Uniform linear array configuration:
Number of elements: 16
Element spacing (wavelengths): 0.5
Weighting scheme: hamming
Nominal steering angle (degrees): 45
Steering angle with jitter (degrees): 46.948
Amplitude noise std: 0.05
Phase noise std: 0.05

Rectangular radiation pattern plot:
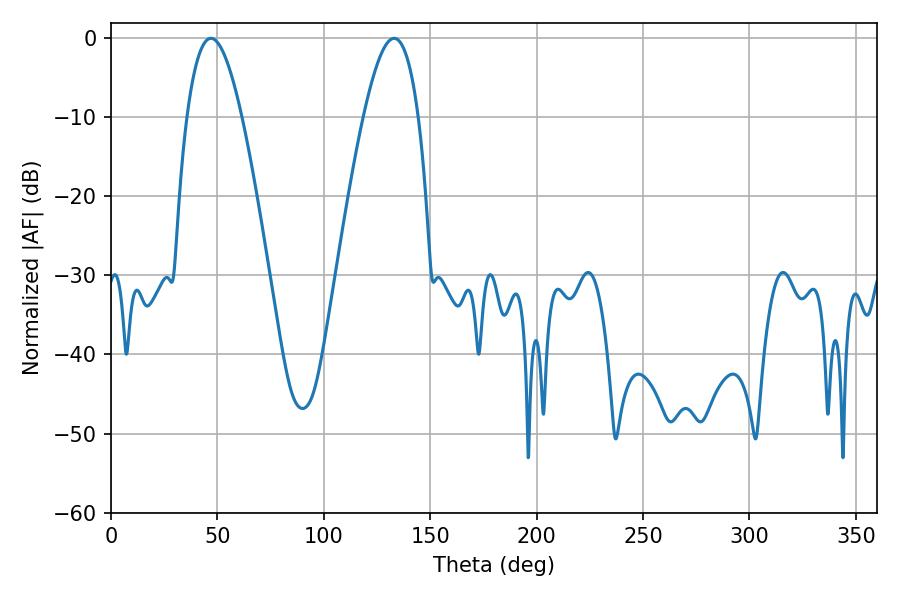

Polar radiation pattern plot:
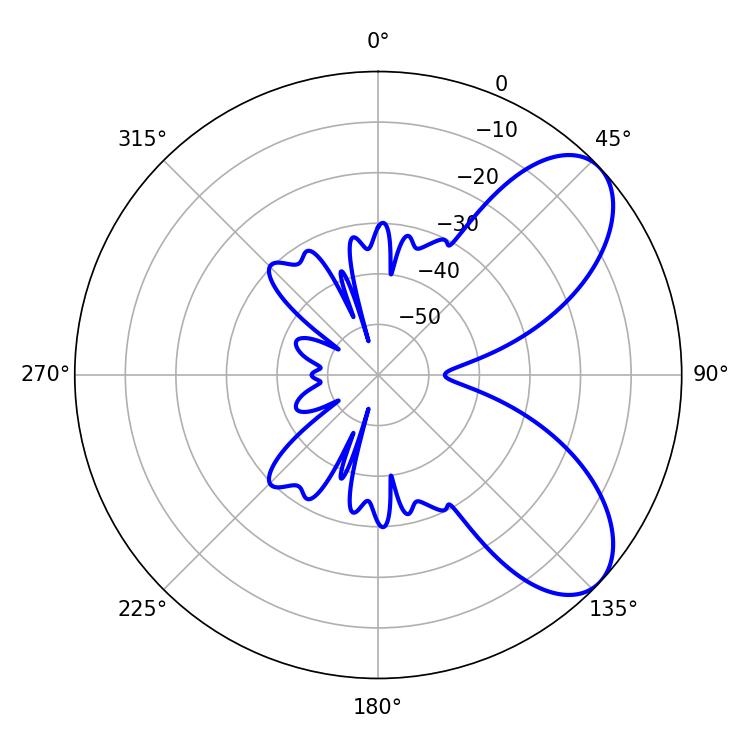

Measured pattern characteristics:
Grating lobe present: FALSE
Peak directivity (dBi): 7.09
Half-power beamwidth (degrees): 14.22
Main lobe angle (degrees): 46.98